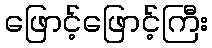
ဖြောင့်ဖြောင့်ကြီး